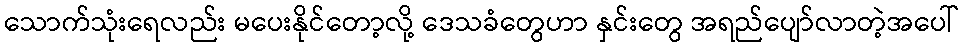
သောက်သုံးရေလည်း မပေးနိုင်တော့လို့ ဒေသခံတွေဟာ နှင်းတွေ အရည်ပျော်လာတဲ့အပေါ်